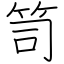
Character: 笥